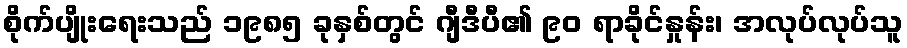
စိုက်ပျိုးရေးသည် ၁၉၈၅ ခုနှစ်တွင် ဂျီဒီပီ၏ ၉၀ ရာခိုင်နှုန်း၊ အလုပ်လုပ်သူ